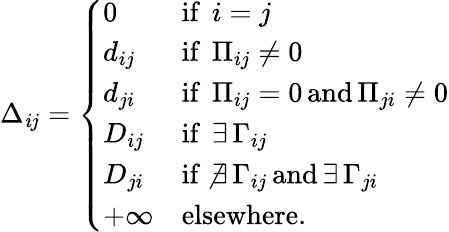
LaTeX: \Delta_{\mathit{i}j}=\left\{ \begin{array}{ll}{0}&{\mathrm{if~}\, i=j}\\ {d_{ij}}&{\mathrm{if~}\, \Pi_{ij}\neq 0}\\ {d_{ji}}&{\mathrm{if~}\, \Pi_{ij}=0\, \mathrm{and}\, \Pi_{ji}\neq 0}\\ {D_{ij}}&{\mathrm{if~}\, \exists\, \Gamma_{ij}}\\ {D_{ji}}&{\mathrm{if~}\, \nexists\, \Gamma_{ij}\, \mathrm{and}\, \exists\, \Gamma_{ji}}\\ {+\infty}&{\mathrm{elsewhere.}}\end{array}\right.